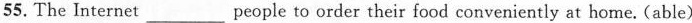
55. The Internet___people to order their food conveniently at home.(able)